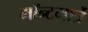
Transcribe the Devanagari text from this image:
मॉन्टमार्त्रे